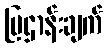
ပြဌာန်းချက်